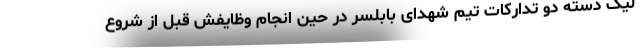
لیگ دسته دو تدارکات تیم شهدای بابلسر در حین انجام وظایفش قبل از شروع